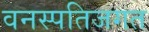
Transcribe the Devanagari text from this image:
वनस्पतिजगत